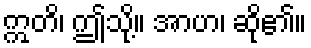
ဣတိ၊ ဤသို့။ အာဟ၊ ဆို၏။